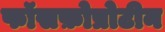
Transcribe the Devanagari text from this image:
फॉसफ़ोप्रोटीन